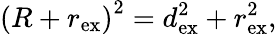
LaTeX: \left(R+r_{\mathrm{ex}}\right)^{2}=d_{\mathrm{ex}}^{2}+r_{\mathrm{ex}}^{2},